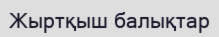
Жыртқыш балықтар